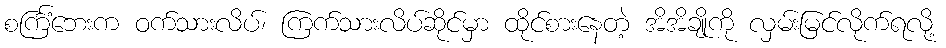
စင်္ကြံဘေးက ဝက်သားလိပ်၊ ကြက်သားလိပ်ဆိုင်မှာ ထိုင်စားနေတဲ့ အိအိချိုကို လှမ်းမြင်လိုက်ရလို့